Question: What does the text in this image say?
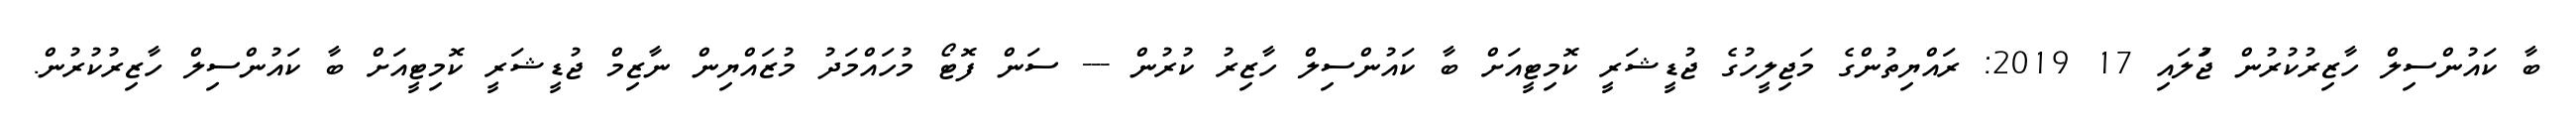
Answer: ބާ ކައުންސިލް ހާޒިރުކުރުން ޖުަލައި 17 2019: ރައްޔިތުންގެ މަޖިލީހުގެ ޖުޑީޝަރީ ކޮމިޓީއަށް ބާ ކައުންސިލް ހާޒިރު ކުރުން --- ސަން ފޮޓޯ މުހައްމަދު މުޒައްޔިން ނާޒިމް ޖުޑީޝަރީ ކޮމިޓީއަށް ބާ ކައުންސިލް ހާޒިރުކުރުން.